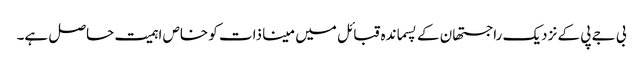
بی جے پی کے نزدیک راجستھان کے پسماندہ قبائل میں مینا ذات کو خاص اہمیت حاصل ہے۔